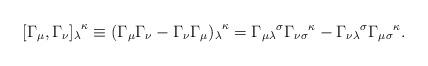
LaTeX: \begin{align*}[\Gamma_\mu , \Gamma_\nu{]_\lambda}^\kappa \equiv(\Gamma_\mu \Gamma_\nu - \Gamma_\nu \Gamma_\mu{)_\lambda}^\kappa= {\Gamma_{\mu\lambda}}^\sigma {\Gamma_{\nu\sigma}}^\kappa- {\Gamma_{\nu\lambda}}^\sigma {\Gamma_{\mu\sigma}}^\kappa.\end{align*}